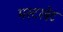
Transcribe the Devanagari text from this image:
मस्टरबेट